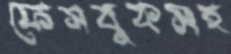
ফেসবুকসহ